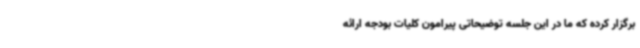
برگزار کرده که ما در این جلسه توضیحاتی پیرامون کلیات بودجه ارائه